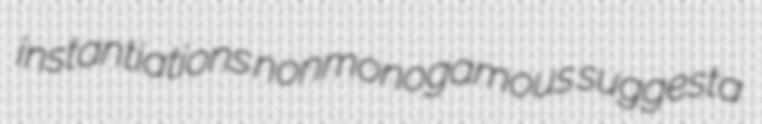
instantiations nonmonogamous suggesta